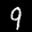
Label: 9